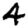
Digit: 4